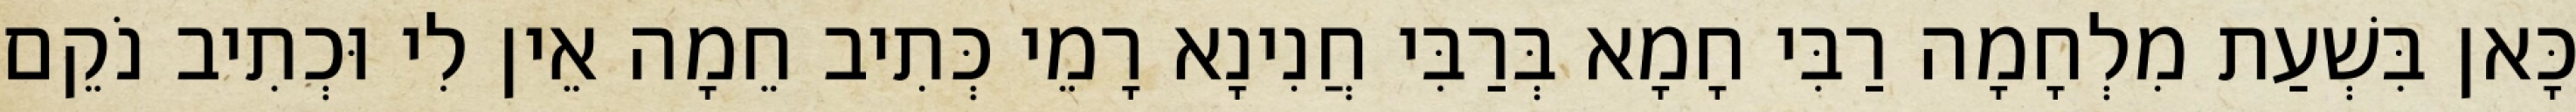
כָּאן בִּשְׁעַת מִלְחָמָה רַבִּי חָמָא בְּרַבִּי חֲנִינָא רָמֵי כְּתִיב חֵמָה אֵין לִי וּכְתִיב נֹקֵם